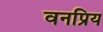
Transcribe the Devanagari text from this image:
वनप्रिय